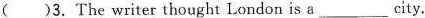
( )3. The writer thought London is a___city.